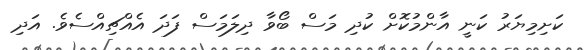
ކަށިމިޔަރު ކަނީ އާންމުކޮށް ކުދި މަސް ބޯވާ ދިލަމަސް ފަދަ އެއްޗިއްސެވެ. އަދި